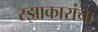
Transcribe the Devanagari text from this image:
रझाकारांचा